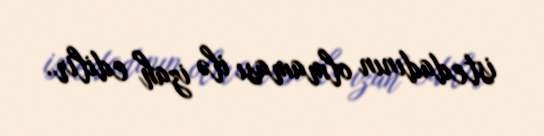
istedadının olmaması ilə izah edilir.